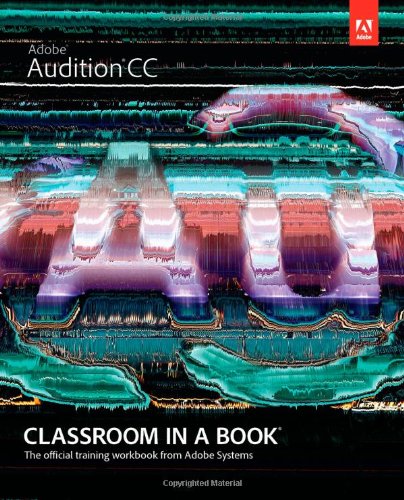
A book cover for Adobe Audition CC Classroom in a Book; Adobe Creative Team; Computers & Technology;